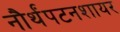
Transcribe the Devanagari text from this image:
नौर्थंपटनशायर